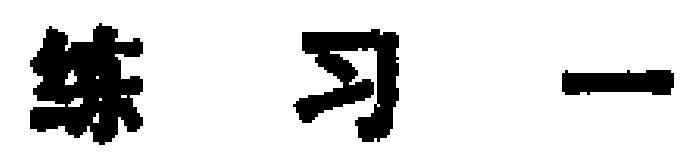
练习一